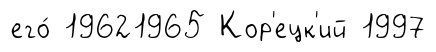
его́ 19621965 Кор'ецк'ий 1997